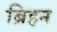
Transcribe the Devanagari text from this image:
ब्रिहन